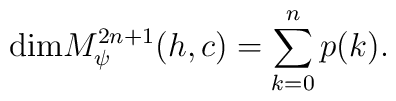
{\rm dim}M_{\psi}^{2n+1}(h,c)=\sum_{k=0}^{n}p(k).